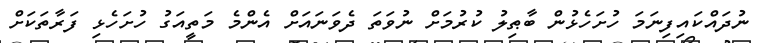
ނުދައްކައިފިނަމަ ހުށަހެޅުން ބާޠިލު ކުރުމަށް ނުވަތަ ދެވަނައަށް އެންމެ މަތީއަގު ހުށަހެޅި ފަރާތަކަށް